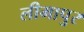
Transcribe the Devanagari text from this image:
लीमापुर